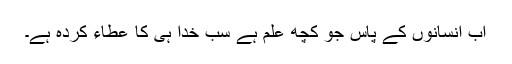
اب انسانوں کے پاس جو کچھ علم ہے سب خدا ہی کا عطاء کردہ ہے۔